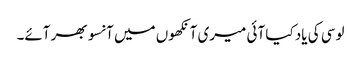
لوسی کی یاد کیا آئی میری آنکھوں میں آنسو بھر آئے۔